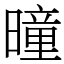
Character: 曈